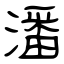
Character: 潘